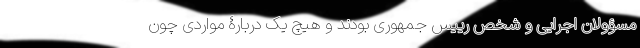
مسؤولان اجرایی و شخص رییس جمهوری بودند و هیچ یک دربارۀ مواردی چون